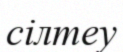
сілтеу